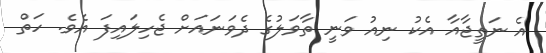
އެ ނަތީޖާއާ އެކު ނިއު ވަނީ ތާވަލުގެ ދެވަނައަށް ޖެހިލައިފަ އެވެ. ހަތް